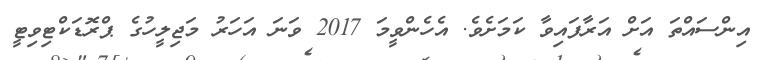
އިންސައްތަ އަށް އަރާފައިވާ ކަމަށެވެ. އެހެންވީމަ 2017 ވަނަ އަހަރު މަޖިލީހުގެ ޕްރޮޑަކްޓިވިޓީ